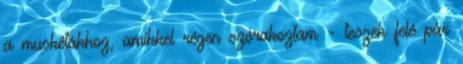
a muskétákhoz, amikkel régen szórakoztam - teszek felé pár